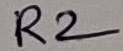
Text: R2